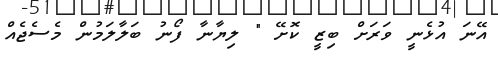
އޭނަ އުޅެނީ ވަރަށް ބިޒީ ކޮށޭ " ލިޔާނާ ފޯނު ބަލާލަމުން މެސެޖެއް